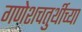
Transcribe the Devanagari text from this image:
गणेशचतुर्थीच्या